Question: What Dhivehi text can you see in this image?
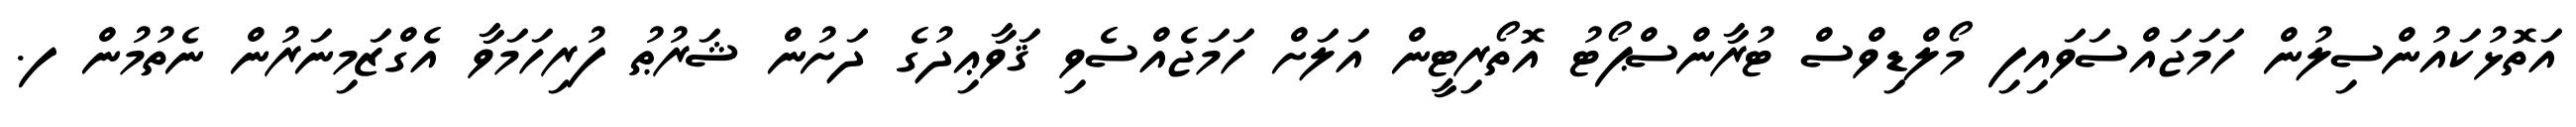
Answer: އަތޮޅުކައުންސިލުން ހަމަޖައްސަވައިފި މޯލްޑިވްސް ޓުރާންސްޕޯޓު އޮތޯރިޓީން އަލަށް ހަމަޖެއްސެވި ޤަވާޢިދުގެ ދަށުން ޝަރުޠު ފުރިހަމަވާ އެގްޒަމިނަރުން ނެތުމުން ފ.